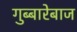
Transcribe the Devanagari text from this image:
गुब्बारेबाज